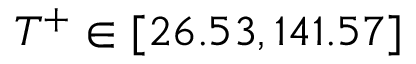
T ^ { + } \in [ 2 6 . 5 3 , 1 4 1 . 5 7 ]